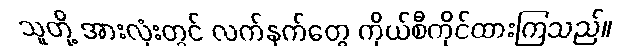
သူတို့ အားလုံးတွင် လက်နက်တွေ ကိုယ်စီကိုင်ထားကြသည်။